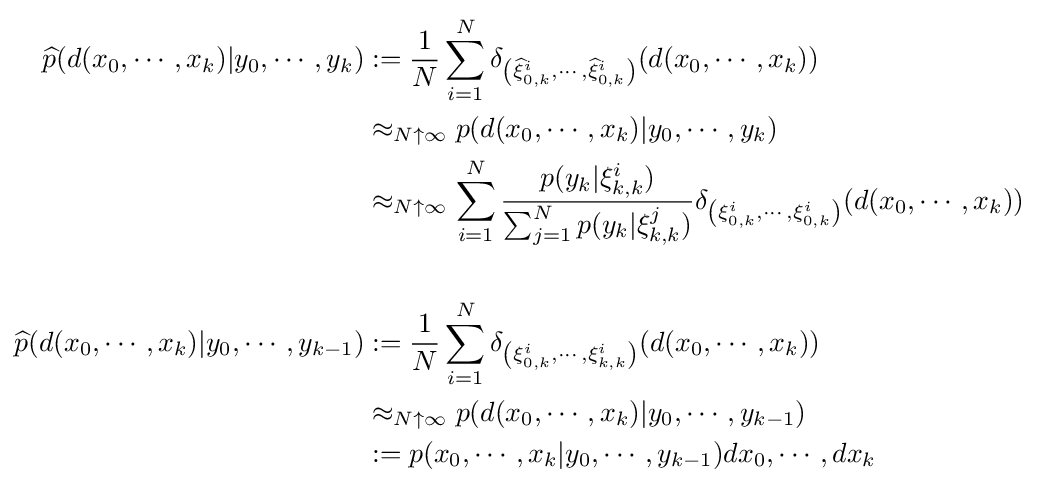
{\begin{aligned}{\widehat {p}}(d(x_{0},\cdots ,x_{k})|y_{0},\cdots ,y_{k})&:={\frac {1}{N}}\sum _{i=1}^{N}\delta _{\left({\widehat {\xi }}_{0,k}^{i},\cdots ,{\widehat {\xi }}_{0,k}^{i}\right)}(d(x_{0},\cdots ,x_{k}))\\&\approx _{N\uparrow \infty }p(d(x_{0},\cdots ,x_{k})|y_{0},\cdots ,y_{k})\\&\approx _{N\uparrow \infty }\sum _{i=1}^{N}{\frac {p(y_{k}|\xi _{k,k}^{i})}{\sum _{j=1}^{N}p(y_{k}|\xi _{k,k}^{j})}}\delta _{\left(\xi _{0,k}^{i},\cdots ,\xi _{0,k}^{i}\right)}(d(x_{0},\cdots ,x_{k}))\\&\ \\{\widehat {p}}(d(x_{0},\cdots ,x_{k})|y_{0},\cdots ,y_{k-1})&:={\frac {1}{N}}\sum _{i=1}^{N}\delta _{\left(\xi _{0,k}^{i},\cdots ,\xi _{k,k}^{i}\right)}(d(x_{0},\cdots ,x_{k}))\\&\approx _{N\uparrow \infty }p(d(x_{0},\cdots ,x_{k})|y_{0},\cdots ,y_{k-1})\\&:=p(x_{0},\cdots ,x_{k}|y_{0},\cdots ,y_{k-1})dx_{0},\cdots ,dx_{k}\end{aligned}}